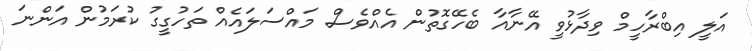
އަލީ އިބްރާހީމް ވިދާޅުވީ އޭނާއާ ބެހޭގޮތުން އެއްވެސް މައްސަލައެއް ތަހުގީގު ކުރަމުން އަންނަ